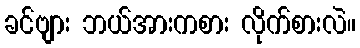
ခင်ဗျား ဘယ်အားကစား လိုက်စားလဲ။